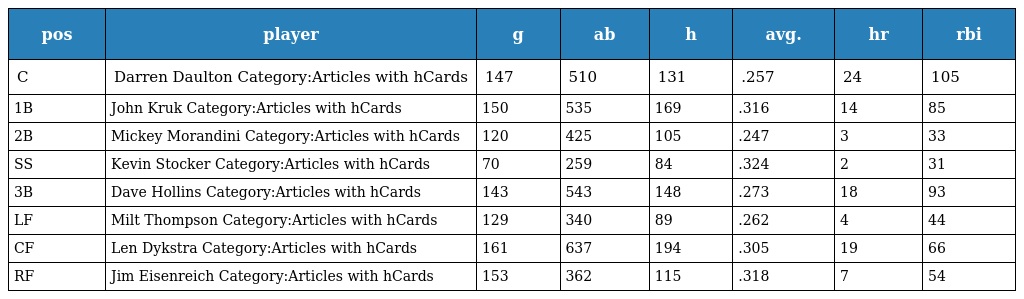
| pos | player | g | ab | h | avg. | hr | rbi |
 | --- | --- | --- | --- | --- | --- | --- | --- |
 | C | Darren Daulton Category:Articles with hCards | 147 | 510 | 131 | .257 | 24 | 105 |
 | 1B | John Kruk Category:Articles with hCards | 150 | 535 | 169 | .316 | 14 | 85 |
 | 2B | Mickey Morandini Category:Articles with hCards | 120 | 425 | 105 | .247 | 3 | 33 |
 | SS | Kevin Stocker Category:Articles with hCards | 70 | 259 | 84 | .324 | 2 | 31 |
 | 3B | Dave Hollins Category:Articles with hCards | 143 | 543 | 148 | .273 | 18 | 93 |
 | LF | Milt Thompson Category:Articles with hCards | 129 | 340 | 89 | .262 | 4 | 44 |
 | CF | Len Dykstra Category:Articles with hCards | 161 | 637 | 194 | .305 | 19 | 66 |
 | RF | Jim Eisenreich Category:Articles with hCards | 153 | 362 | 115 | .318 | 7 | 54 |